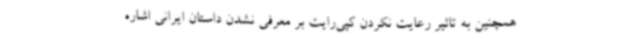
همچنین به تاثیر رعایت نکردن کپی‌رایت بر معرفی نشدن داستان ایرانی اشاره